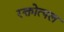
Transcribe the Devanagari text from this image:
रक्तोत्पल